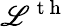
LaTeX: \mathscr{L}^{\mathrm{{~t~h~}}}